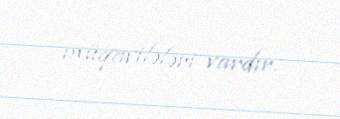
müqavilələri vardır.